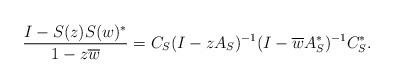
LaTeX: \begin{align*} \frac{I - S(z) S(w)^{*}}{1 - z \overline{w}} = C_{S} (I - zA_{S})^{-1} (I - \overline{w} A_{S}^{*})^{-1} C_{S}^{*}. \end{align*}